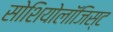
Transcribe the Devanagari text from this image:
सोशियोलॉजिस्ट